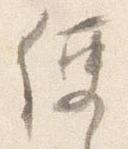
便